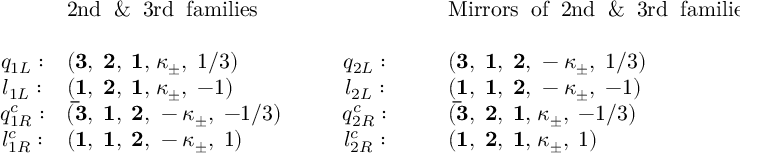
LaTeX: \begin{array} { c l c l } { { } } & { { \mathrm { 2 n d \; \; \& \; \; 3 r d \; \; f a m i l i e s } } } & { { ~ ~ ~ ~ ~ ~ ~ ~ ~ ~ ~ ~ ~ ~ ~ ~ ~ } } & { { \mathrm { M i r r o r s \; \; o f \; \; 2 n d \; \; \& \; \; 3 r d \; \; f a m i l i e s } } } \\ { { } } & { { } } & { { } } & { { } } \\ { { q _ { 1 L } : } } & { { ( { \bf 3 , \; 2 , \; 1 , } \; \kappa _ { \pm } , \; 1 / 3 ) } } & { { q _ { 2 L } : } } & { { ( { \bf 3 , \; 1 , \; 2 , } \; - \kappa _ { \pm } , \; 1 / 3 ) \ } } \\ { { l _ { 1 L } : } } & { { ( { \bf 1 , \; 2 , \; 1 , } \; \kappa _ { \pm } , \; - 1 ) } } & { { l _ { 2 L } : } } & { { ( { \bf 1 , \; 1 , \; 2 , } \; - \kappa _ { \pm } , \; - 1 ) \ } } \\ { { q _ { 1 R } ^ { c } : } } & { { ( { \bf \bar { 3 } , \; 1 , \; 2 , } \; - \kappa _ { \pm } , \; - 1 / 3 ) } } & { { q _ { 2 R } ^ { c } : } } & { { ( { \bf \bar { 3 } , \; 2 , \; 1 , } \; \kappa _ { \pm } , \; - 1 / 3 ) \ } } \\ { { l _ { 1 R } ^ { c } : } } & { { ( { \bf 1 , \; 1 , \; 2 , } \; - \kappa _ { \pm } , \; 1 ) } } & { { l _ { 2 R } ^ { c } : } } & { { ( { \bf 1 , \; 2 , \; 1 , } \; \kappa _ { \pm } , \; 1 ) } } \end{array}